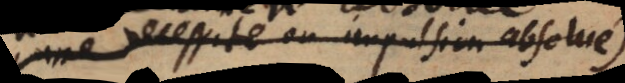
une necessité ou impulsion absolue)